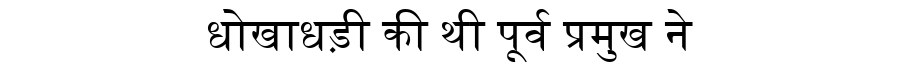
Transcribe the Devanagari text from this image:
धोखाधड़ी की थी पूर्व प्रमुख ने